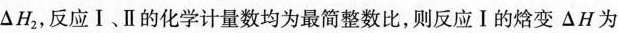
△ H_{2}，反应 Ⅰ、Ⅱ 的化学计量数均为最简整数比，则反应Ⅰ的焓变 △H 为